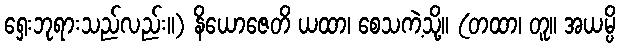
ရှေးဘုရားသည်လည်း။) နိယောဇေတိ ယထာ၊ စေသကဲ့သို့။ (တထာ၊ တူ။ အယမ္ပိ